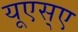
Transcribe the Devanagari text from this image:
यूएस्‌ए